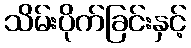
သိမ်းပိုက်ခြင်းနှင့်